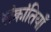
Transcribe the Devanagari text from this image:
संक्रांतियाँ